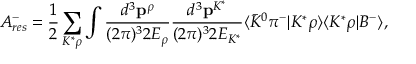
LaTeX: A _ { r e s } ^ { - } = \displaystyle { \frac { 1 } { 2 } \sum _ { K ^ { * } \rho } \int \frac { d ^ { 3 } { \bf p } ^ { \rho } } { ( 2 \pi ) ^ { 3 } 2 E _ { \rho } } \frac { d ^ { 3 } { \bf p } ^ { K ^ { * } } } { ( 2 \pi ) ^ { 3 } 2 E _ { K ^ { * } } } \langle { \bar { K } } ^ { 0 } \pi ^ { - } | K ^ { * } \rho \rangle \langle K ^ { * } \rho | B ^ { - } \rangle } ,